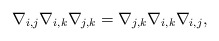
\begin{gather*}\nabla_{i,j}\nabla_{i,k}\nabla_{j,k}=\nabla_{j,k}\nabla_{i,k}\nabla_{i,j},\end{gather*}